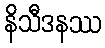
နိသီဒနဿ